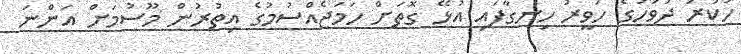
ހުކުރު ދުވަހުގެ ހަވީރު ހިނގާފައި އުޅޭ ގޮތަށް ހަމަޖެއްސުމުގެ އިތުރުން މޫސުމަށް އަންނަ